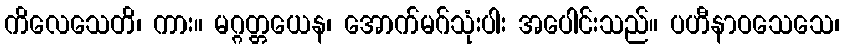
ကိလေသေတိ၊ ကား။ မဂ္ဂတ္တယေန၊ အောက်မဂ်သုံးပါး အပေါင်းသည်။ ပဟီနာဝသေသေ၊